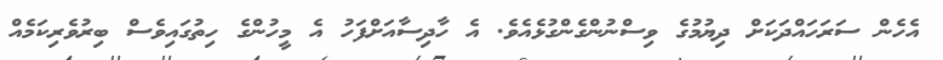
އެހެން ސަރަހައްދަކަށް ދިޔުމުގެ ވިސްނުންގެންގުޅެއެވެ. އެ ހާދިސާއަށްފަހު އެ މީހުންގެ ހިތުގައިވެސް ބިރުވެރިކަމެއް